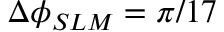
\Delta \phi _ { S L M } = \pi / 1 7